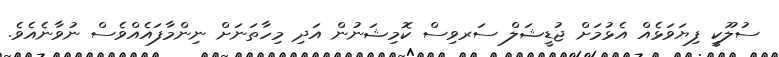
ސުލޫކީ ފިޔަވަޅެއް އެޅުމަށް ޖުޑީޝަލް ސަރވިސް ކޮމިޝަނުން އަދި މިހާތަނަށް ނިންމާފައެއްވެސް ނުވާނެއެވެ.